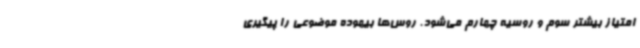
امتیاز بیشتر سوم و روسیه چهارم می‌شود. روس‌ها بیهوده موضوعی را پیگیری